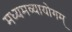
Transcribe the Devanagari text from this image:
मध्यमव्यायोगम्